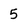
Character: 5